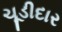
ચૂડીદાર